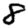
Digit: 8